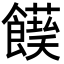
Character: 𩟌